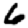
Digit: 6